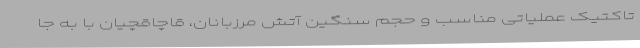
تاکتیک عملیاتی مناسب و حجم سنگین آتش مرزبانان، قاچاقچیان با به جا